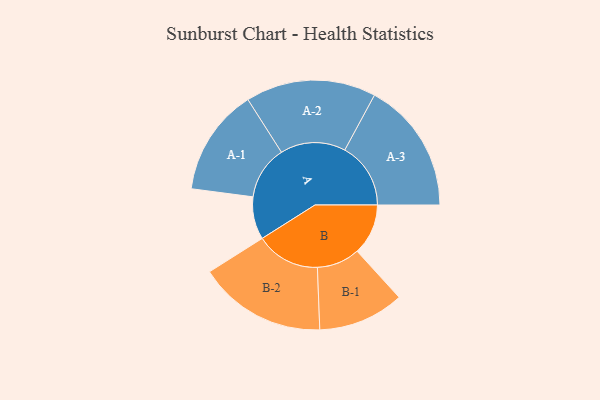
{"axis": {"x": "Segment", "y": "Value"}, "legend": ["", "A", "B"], "data": [{"x": "A", "y": 117, "type": ""}, {"x": "B", "y": 140, "type": ""}, {"x": "A-1", "y": 147, "type": "A"}, {"x": "A-2", "y": 179, "type": "A"}, {"x": "A-3", "y": 181, "type": "A"}, {"x": "B-1", "y": 118, "type": "B"}, {"x": "B-2", "y": 176, "type": "B"}]}